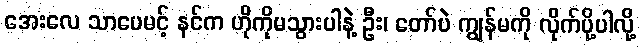
အေးလေ သာပေမင့် နင်က ဟိုကိုမသွားပါနဲ့ ဦး၊ တော်ပဲ ကျွန်မကို လိုက်ပို့ပါလို့